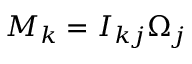
M _ { k } = I _ { k j } \Omega _ { j }